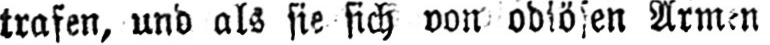
trafen, und als sie sich von odiösen Armen